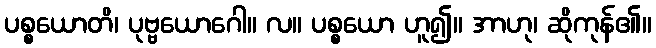
ပစ္စယောတိ၊ ပုဗ္ဗယောဂေါ။ လ။ ပစ္စယော ဟူ၍။ အာဟု၊ ဆိုကုန်၏။